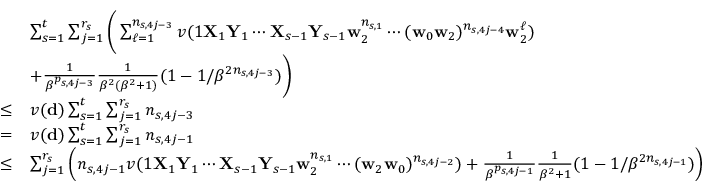
\begin{array} { r l } & { \sum _ { s = 1 } ^ { t } \sum _ { j = 1 } ^ { r _ { s } } \bigg ( \sum _ { \ell = 1 } ^ { n _ { s , 4 j - 3 } } v ( 1 \mathbf X _ { 1 } \mathbf Y _ { 1 } \cdots \mathbf X _ { s - 1 } \mathbf Y _ { s - 1 } \mathbf w _ { 2 } ^ { n _ { s , 1 } } \cdots ( \mathbf w _ { 0 } \mathbf w _ { 2 } ) ^ { n _ { s , 4 j - 4 } } \mathbf w _ { 2 } ^ { \ell } ) } \\ & { + \frac 1 { \beta ^ { p _ { s , 4 j - 3 } } } \frac 1 { \beta ^ { 2 } ( \beta ^ { 2 } + 1 ) } ( 1 - 1 / \beta ^ { 2 n _ { s , 4 j - 3 } } ) \bigg ) } \\ { \le } & { v ( \mathbf d ) \sum _ { s = 1 } ^ { t } \sum _ { j = 1 } ^ { r _ { s } } n _ { s , 4 j - 3 } } \\ { = } & { v ( \mathbf d ) \sum _ { s = 1 } ^ { t } \sum _ { j = 1 } ^ { r _ { s } } n _ { s , 4 j - 1 } } \\ { \le } & { \sum _ { j = 1 } ^ { r _ { s } } \left( n _ { s , 4 j - 1 } v ( 1 \mathbf X _ { 1 } \mathbf Y _ { 1 } \cdots \mathbf X _ { s - 1 } \mathbf Y _ { s - 1 } \mathbf w _ { 2 } ^ { n _ { s , 1 } } \cdots ( \mathbf w _ { 2 } \mathbf w _ { 0 } ) ^ { n _ { s , 4 j - 2 } } ) + \frac 1 { \beta ^ { p _ { s , 4 j - 1 } } } \frac 1 { \beta ^ { 2 } + 1 } ( 1 - 1 / \beta ^ { 2 n _ { s , 4 j - 1 } } ) \right) } \end{array}